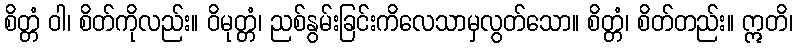
စိတ္တံ ဝါ၊ စိတ်ကိုလည်း။ ဝိမုတ္တံ၊ ညစ်နွမ်းခြင်းကိလေသာမှလွတ်သော။ စိတ္တံ၊ စိတ်တည်း။ ဣတိ၊